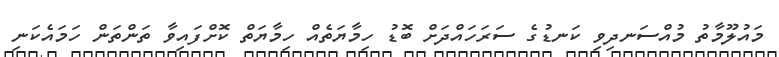
މައުލޫމާތު މުއްސަނދިވި ކަނޑުގެ ސަރަހައްދަށް ބޮޑު ހިމާޔަތެއް ހިމާޔަތް ކޮށްފައިވާ ތަންތަން ހަމައެކަނި